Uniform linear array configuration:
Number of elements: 64
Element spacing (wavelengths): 0.25
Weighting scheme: uniform
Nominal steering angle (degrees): -15
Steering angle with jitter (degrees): -13.216
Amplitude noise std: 0.05
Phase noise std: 0.05

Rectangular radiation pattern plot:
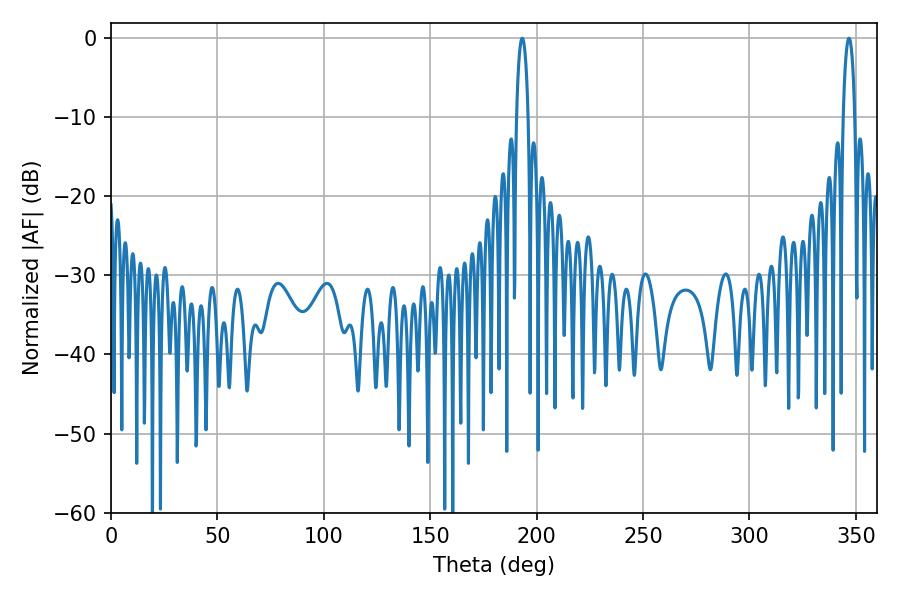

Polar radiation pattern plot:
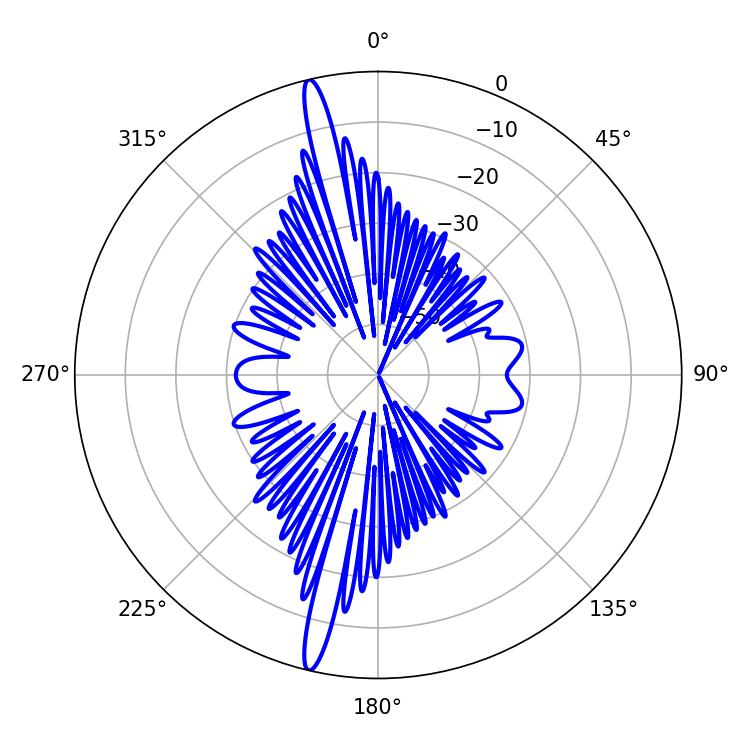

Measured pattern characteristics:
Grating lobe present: FALSE
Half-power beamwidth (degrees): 3.06
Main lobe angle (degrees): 346.68